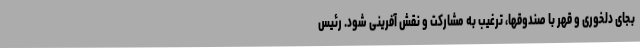
بجای دلخوری و قهر با صندوقها، ترغیب به مشارکت و نقش آفرینی شود. رئیس